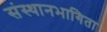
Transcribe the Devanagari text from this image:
संस्थानभागिता